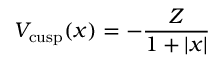
V _ { \mathrm { c u s p } } ( x ) = - \frac { Z } { 1 + | x | }